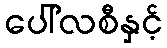
ပေါ်လစီနှင့်